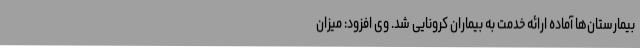
بیمارستان‌ها آماده ارائه خدمت به بیماران کرونایی شد. وی افزود: میزان